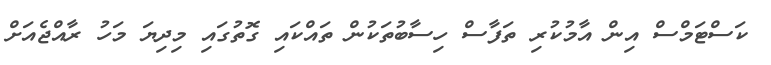
ކަސްޓަމްސް އިން އާމުކުރި ތަފާސް ހިސާބުތަކުން ތައްކައި ގޮތުގައި މިދިޔަ މަހު ރާއްޖެއަށް